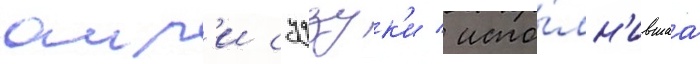
аир'и судзук'и / испо́лн'ившаа